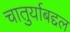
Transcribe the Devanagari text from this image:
चातुर्याबद्दल